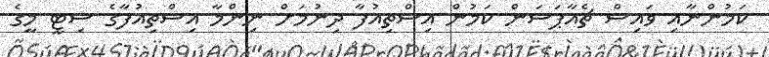
ކަމުންނާއި ވައިސް ޗެއާޕަސަން ކަމުން އިސްތިއުފާ ދިނުމަށް ނިންމާ އިސްތިއުފާގެ ސިޓީ މީގެ